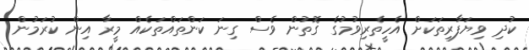
ކުދި ވިޔަފާރިތަކަށް އެހީތެރިވުމުގެ ގޮތުން ވެސް ގިނަ ކަންތައްތަކެއް މީރާ އިން ކުރަމުން